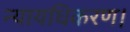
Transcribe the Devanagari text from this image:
न्यायधिकरण।